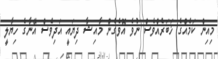
މިއިން ކަމެއްގެ ޚަބަރެއްވެސް ނުވެ އޮވެގެން މާއިޝާ ދިޔައީ އަދިވެސް އޭނާގެ ހިޔާލީ